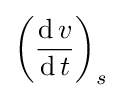
\left({\frac {\operatorname {d} v}{\operatorname {d} t}}\right)_{s}